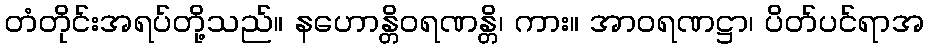
တံတိုင်းအရပ်တို့သည်။ နဟောန္တိဝရဏန္တိ၊ ကား။ အာဝရဏဋ္ဌာ၊ ပိတ်ပင်ရာအ